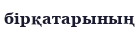
бірқатарының